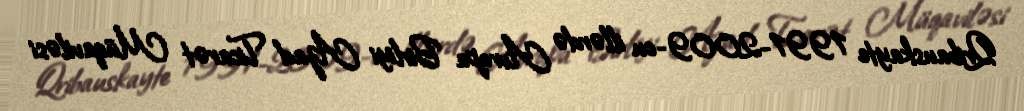
Qribauskayte 1991-2009-cu illərdə Avropa Birliyi Azad Ticarət Müqaviləsi